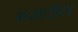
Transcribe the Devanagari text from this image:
गरातील